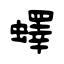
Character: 蠌